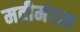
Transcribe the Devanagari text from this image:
मतीमंदत्व